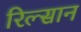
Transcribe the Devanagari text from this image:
रिल्सान